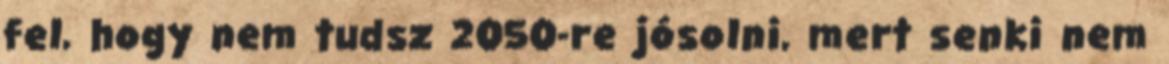
fel, hogy nem tudsz 2050-re jósolni, mert senki nem